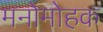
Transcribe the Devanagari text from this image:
मनोमोहक